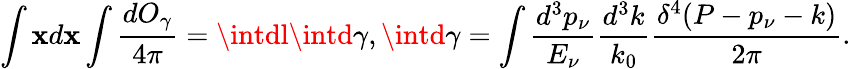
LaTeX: \int\mathbf{x}d\mathbf{x}\int\frac{{dO_{\gamma}}}{{4\pi}}=\intdl\intd\gamma,\intd\gamma=\int\frac{{d^{3}p_{\nu}}}{{E_{\nu}}}\frac{{d^{3}k}}{{k_{0}}}\frac{{\delta^{4}(P-p_{\nu}-k)}}{{2\pi}}.